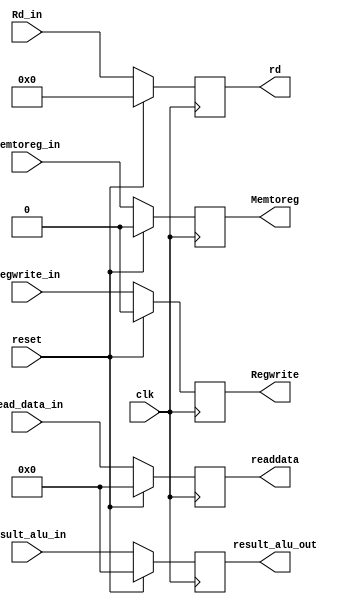
`timescale 1ns / 1ps

module memwbreg(
input clk,reset,
  input [63:0] read_data_in,
  input [63:0] result_alu_in, //2 bit 2by1 mux input b
  input [4:0]Rd_in, //EX MEM output
  input memtoreg_in, regwrite_in, //ex mem output as mem wb inputs
  output reg [63:0] readdata, //1bit
  output reg [63:0] result_alu_out,//1bit
  output reg [4:0] rd,
  output reg Memtoreg, Regwrite
);
  
  always @(posedge clk)
    begin
      if (reset == 1'b1)
        begin
          readdata = 63'b0;
          result_alu_out = 63'b0;
          rd = 5'b0;
          Memtoreg = 1'b0;
          Regwrite = 1'b0;
          
        end
      else
        begin
         readdata = read_data_in;
          result_alu_out = result_alu_in;
          rd = Rd_in;
          Memtoreg = memtoreg_in;
          Regwrite = regwrite_in;
        end
    end
endmodule